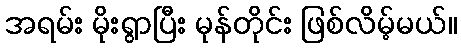
အရမ်း မိုးရွာပြီး မုန်တိုင်း ဖြစ်လိမ့်မယ်။